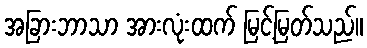
အခြားဘာသာ အားလုံးထက် မြင့်မြတ်သည်။